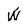
Character: W